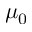
\mu _ { 0 }